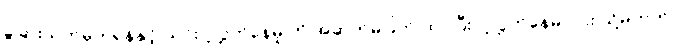
ခွဲခြားသတ်မှတ်ရန်နှင့် ယင်းပို့လွှတ်နေမှု ကို အဆက်မပြတ် ထပ်ပြီး ပို့လွှတ်နေမလား သို့မဟုတ်